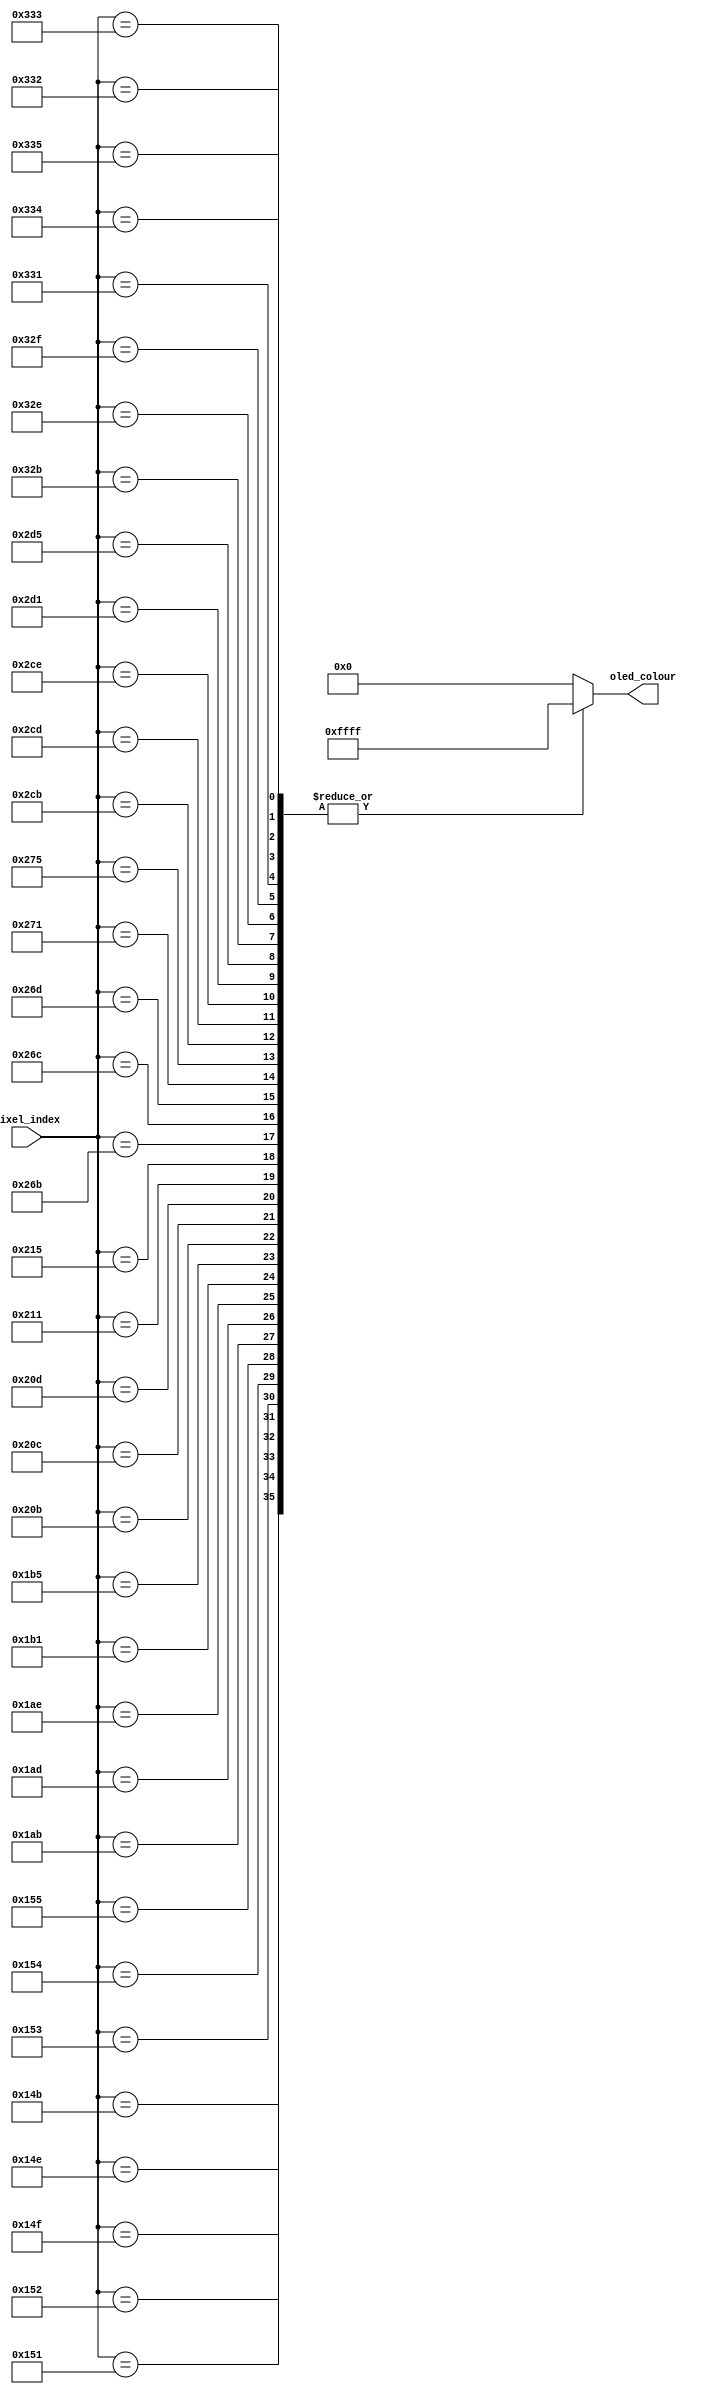
module KO_Text(
    input [12:0] pixel_index, 
    output reg [15:0] oled_colour 
); 

    reg [15:0] COLOUR_WHITE = 16'hFFFF;

    always @(pixel_index)
    begin
        case(pixel_index)
        331: oled_colour = COLOUR_WHITE;
        334: oled_colour = COLOUR_WHITE;
        335: oled_colour = COLOUR_WHITE;
        337: oled_colour = COLOUR_WHITE;
        338: oled_colour = COLOUR_WHITE;
        339: oled_colour = COLOUR_WHITE;
        340: oled_colour = COLOUR_WHITE;
        341: oled_colour = COLOUR_WHITE;

        427: oled_colour = COLOUR_WHITE;
        429: oled_colour = COLOUR_WHITE;
        430: oled_colour = COLOUR_WHITE;
        433: oled_colour = COLOUR_WHITE;
        437: oled_colour = COLOUR_WHITE;

        523: oled_colour = COLOUR_WHITE;
        524: oled_colour = COLOUR_WHITE;
        525: oled_colour = COLOUR_WHITE;
        529: oled_colour = COLOUR_WHITE;
        533: oled_colour = COLOUR_WHITE;

        619: oled_colour = COLOUR_WHITE;
        620: oled_colour = COLOUR_WHITE;
        621: oled_colour = COLOUR_WHITE;
        625: oled_colour = COLOUR_WHITE;
        629: oled_colour = COLOUR_WHITE;   

        715: oled_colour = COLOUR_WHITE;
        717: oled_colour = COLOUR_WHITE;
        718: oled_colour = COLOUR_WHITE;
        721: oled_colour = COLOUR_WHITE;
        725: oled_colour = COLOUR_WHITE;   

        811: oled_colour = COLOUR_WHITE;
        814: oled_colour = COLOUR_WHITE;
        815: oled_colour = COLOUR_WHITE;
        817: oled_colour = COLOUR_WHITE;
        818: oled_colour = COLOUR_WHITE;   
        819: oled_colour = COLOUR_WHITE;
        820: oled_colour = COLOUR_WHITE;
        821: oled_colour = COLOUR_WHITE;

        default: oled_colour = 16'b00000_000000_00000;     

        endcase
    end 


endmodule